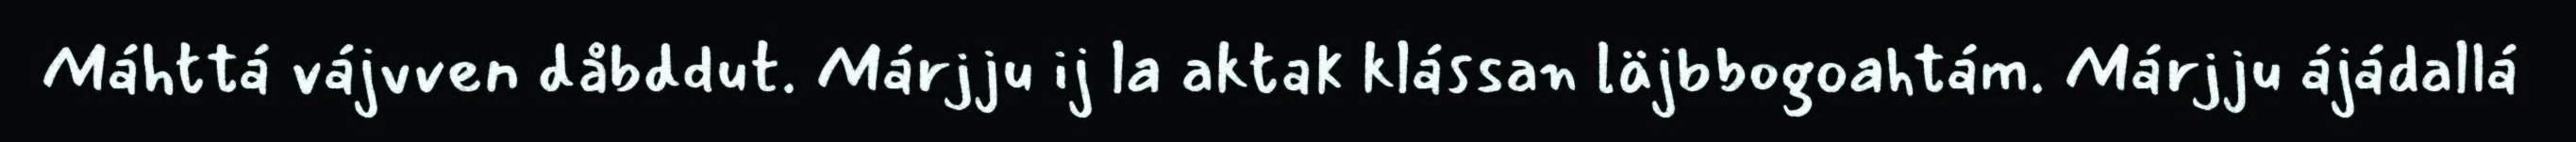
Máhttá vájvven dåbddut. Márjju ij la aktak klássan läjbbogoahtám. Márjju ájádallá